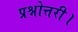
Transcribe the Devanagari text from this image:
प्रश्नोत्तरी।